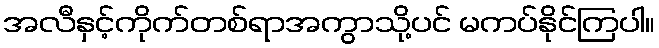
အလီနှင့်ကိုက်တစ်ရာအကွာသို့ပင် မကပ်နိုင်ကြပါ။